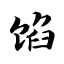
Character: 馅